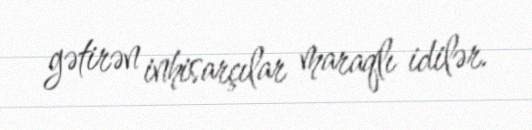
gətirən inhisarçılar maraqlı idilər.